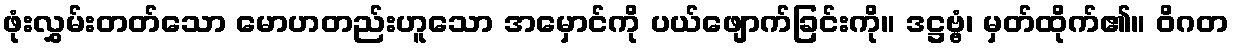
ဖုံးလွှမ်းတတ်သော မောဟတည်းဟူသော အမှောင်ကို ပယ်ဖျောက်ခြင်းကို။ ဒဋ္ဌဗ္ဗံ၊ မှတ်ထိုက်၏။ ဝိဂတ